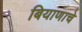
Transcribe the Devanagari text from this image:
बियाणाचे